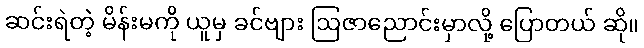
ဆင်းရဲတဲ့ မိန်းမကို ယူမှ ခင်ဗျား ဩဇာညောင်းမှာလို့ ပြောတယ် ဆို။